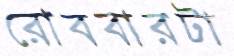
রোববারটা